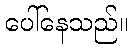
ပေါ်နေသည်။